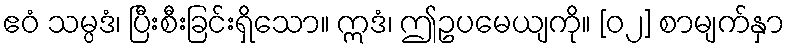
ဧဝံ သမ္ပဒံ၊ ပြီးစီးခြင်းရှိသော။ ဣဒံ၊ ဤဥပမေယျကို။ [၀၂] စာမျက်နှာ